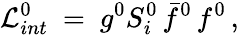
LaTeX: {\cal L}_{int}^{0}\ =\ g^{0}S_{i}^{0}\, \bar{f}^{0}\, f^{0}\, ,